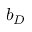
b _ { D }